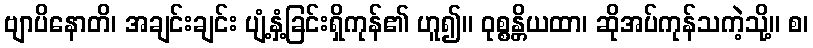
ဗျာပိနောတိ၊ အချင်းချင်း ပျံ့နှံ့ခြင်းရှိကုန်၏ ဟူ၍။ ဝုစ္စန္တိယထာ၊ ဆိုအပ်ကုန်သကဲ့သို့။ စ၊